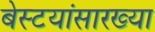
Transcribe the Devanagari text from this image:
बेस्टयांसारख्या